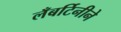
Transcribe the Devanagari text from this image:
लँबर्टिनीने